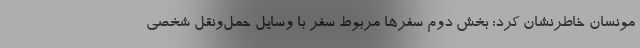
مونسان خاطرنشان کرد: بخش دوم سفرها مربوط سفر با وسایل حمل‌ونقل شخصی